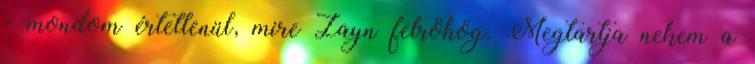
- mondom értetlenül, mire Zayn felröhög. Megtartja nekem a